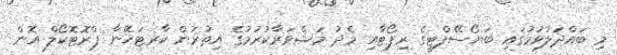
މި ބައްދަލުވުމުގައި ބަޔޯސޭފްޓީގެ ރިޕޯޓާއި މެދު މަޝްވަރާކުރުމުގެ އިތުރުން ކާރޓަހޭނާ ޕްރޮޓޮކޯލް އޮން